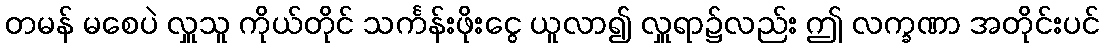
တမန် မစေပဲ လှူသူ ကိုယ်တိုင် သင်္ကန်းဖိုးငွေ ယူလာ၍ လှူရာ၌လည်း ဤ လက္ခဏာ အတိုင်းပင်